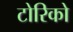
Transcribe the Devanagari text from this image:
टोरिको